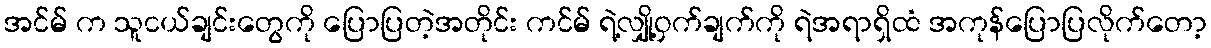
အင်မ် က သူငယ်ချင်းတွေကို ပြောပြတဲ့အတိုင်း ကင်မ် ရဲ့လျှို့ဝှက်ချက်ကို ရဲအရာရှိထံ အကုန်ပြောပြလိုက်တော့